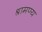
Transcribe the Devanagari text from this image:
श्रामण्य